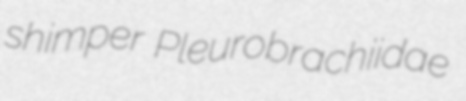
shimper Pleurobrachiidae